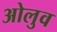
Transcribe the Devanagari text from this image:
ओलुव